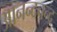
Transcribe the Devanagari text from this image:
आनन्दचन्द्र